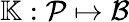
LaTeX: \mathbb{K}:\mathcal{P}\mapsto\mathcal{B}